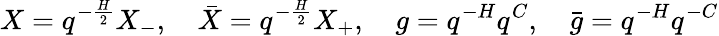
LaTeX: X=q^{-{\frac{H}{2}}}X_{-},\quad\bar{X}=q^{-{\frac{H}{2}}}X_{+},\quad g=q^{-H}q^{C},\quad\bar{g}=q^{-H}q^{{-C}}